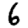
Digit: 6